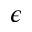
\epsilon